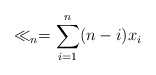
\begin{align*}\ll_n = \sum_{i=1}^n (n-i)x_i \end{align*}